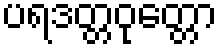
ပရဒတ္တဝုတ္တော